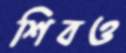
শিবও